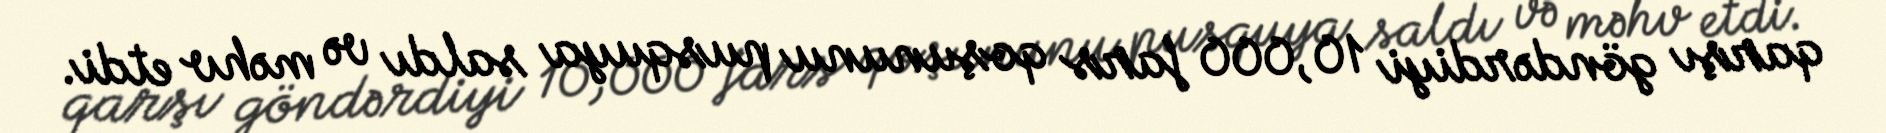
qarşı göndərdiyi 10,000 fars qoşununu pusquya saldı və məhv etdi.